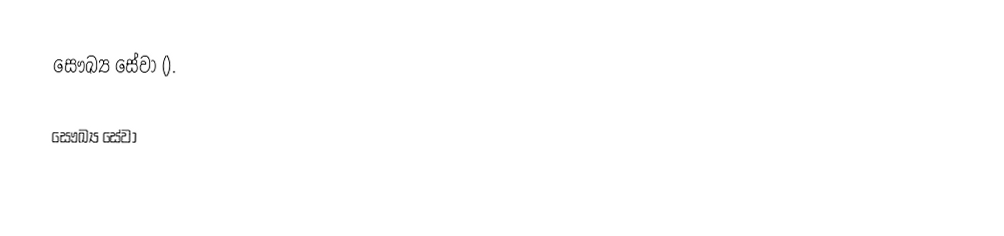
සෞඛ්‍ය සේවා ().

සෞඛ්‍ය සේවා